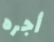
أجره